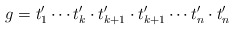
\begin{align*}g= t'_1\cdots t'_k\cdot t'_{k+1} \cdot t'_{k+1}\cdots t'_n \cdot t'_n\end{align*}